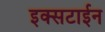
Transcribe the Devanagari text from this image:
इक्सटाईन